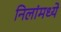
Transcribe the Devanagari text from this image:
निलांमध्ये